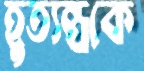
হূত্যন্ত্রকে